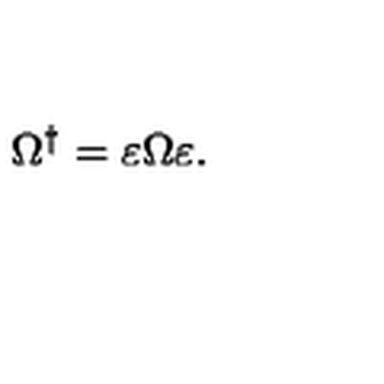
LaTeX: \Omega ^ { \dagger } = \varepsilon \Omega \varepsilon .